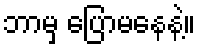
ဘာမှ ပြောမနေနဲ့။